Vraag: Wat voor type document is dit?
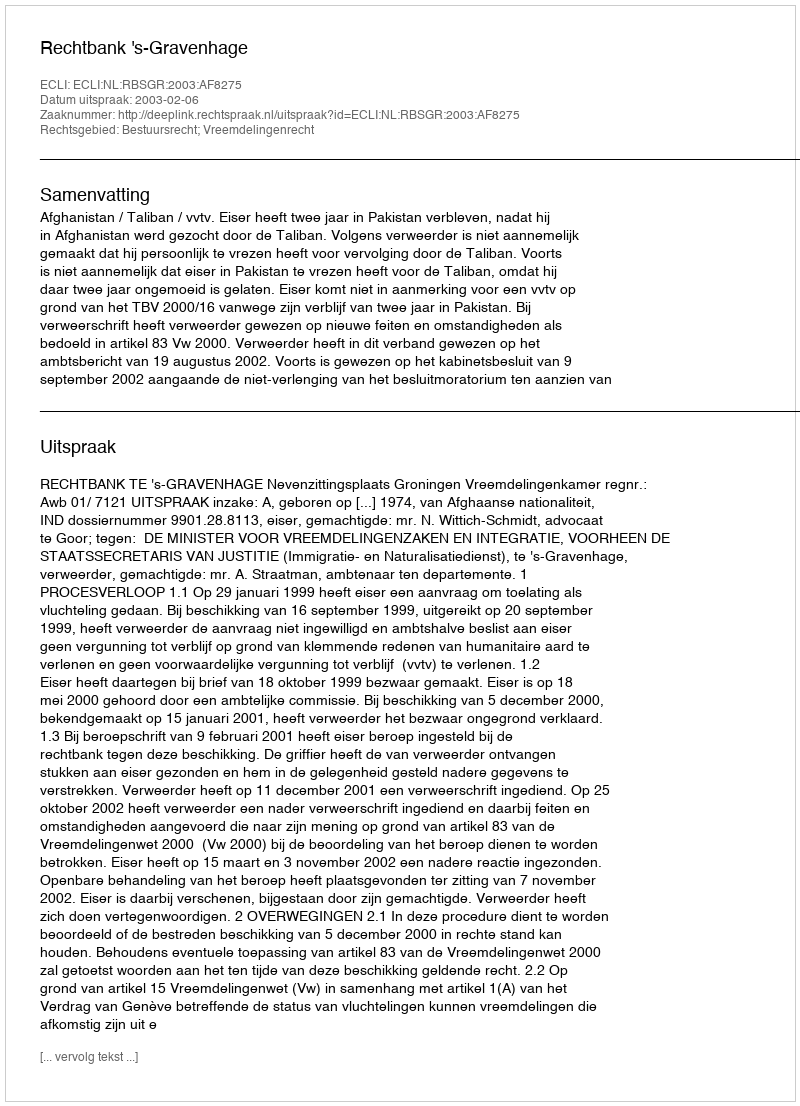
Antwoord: Uitspraak